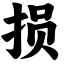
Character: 损